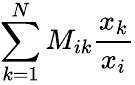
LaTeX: \sum_{k=1}^{N}M_{ik}\frac{x_{k}}{x_{i}}